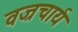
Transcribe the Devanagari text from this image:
वज्रचार्य